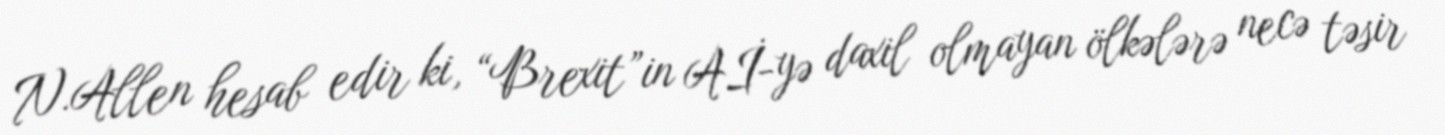
N.Allen hesab edir ki, “Brexit”in Aİ-yə daxil olmayan ölkələrə necə təsir